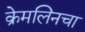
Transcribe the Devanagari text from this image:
क्रेमलिनचा